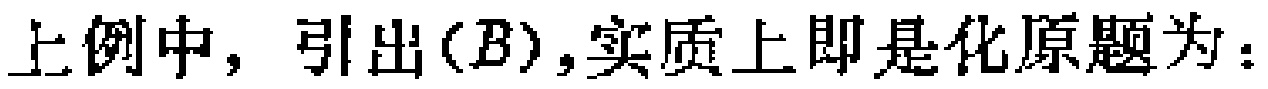
上例中，引出$(B)$,实质上即是化原题为：